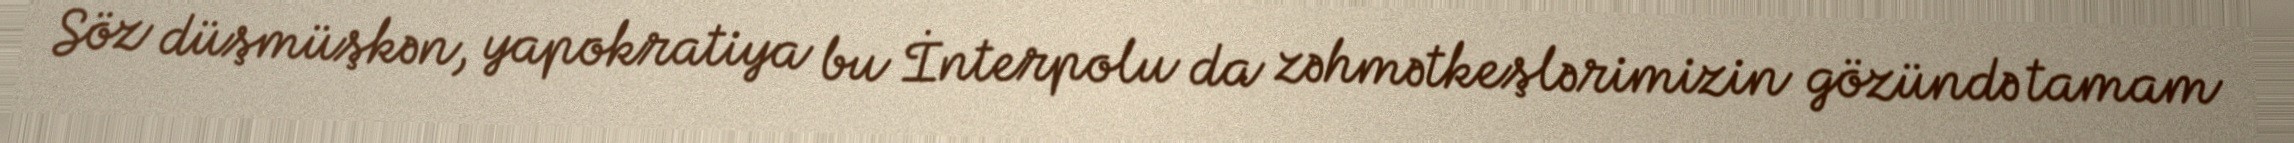
Söz düşmüşkən, yapokratiya bu İnterpolu da zəhmətkeşlərimizin gözündə tamam